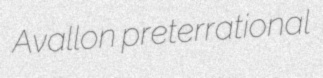
Avallon preterrational